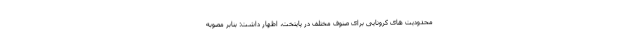
محدودیت های کرونایی برای صنوف مختلف در پایتخت، اظهار داشت: بنابر مصوبه